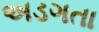
અડગતા